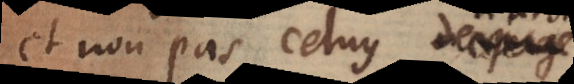
et non pas celuy de